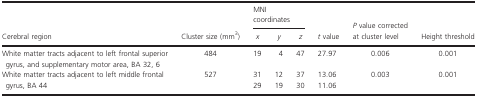
<table><thead><tr><td rowspan="2"><b>Cerebral region</b></td><td rowspan="2"><b>Cluster size (mm<sup>3</sup>)</b></td><td colspan="3"><b>MNI coordinates</b></td><td rowspan="2"><b><i>t</i> value</b></td><td rowspan="2"><b><i>P</i> value corrected at cluster level</b></td><td rowspan="2"><b>Height threshold</b></td></tr><tr><td><b><i>x</i></b></td><td><b><i>y</i></b></td><td><b><i>z</i></b></td></tr></thead><tbody><tr><td>White matter tracts adjacent to left frontal superior gyrus, and supplementary motor area, BA 32, 6</td><td>484</td><td>19</td><td>4</td><td>47</td><td>27.97</td><td>0.006</td><td>0.001</td></tr><tr><td>White matter tracts adjacent to left middle frontal gyrus, BA 44</td><td>527</td><td>3129</td><td>1219</td><td>3730</td><td>13.0611.06</td><td>0.003</td><td>0.001</td></tr></tbody></table>